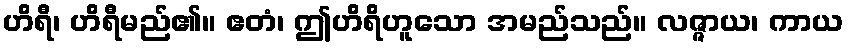
ဟိရီ၊ ဟိရီမည်၏။ ဧတံ၊ ဤဟိရိဟူသော အမည်သည်။ လဇ္ဇာယ၊ ကာယ